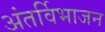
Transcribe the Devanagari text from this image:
अंतर्विभाजन